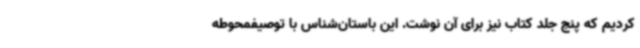
کردیم که پنج جلد کتاب نیز برای آن نوشت. این باستان‌شناس با توصیفمحوطه